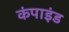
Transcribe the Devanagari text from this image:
कंपाइंड